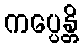
ကပ္ပေန္တိ